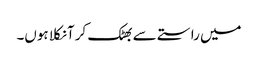
میں راستے سے بھٹک کر آ نکلا ہوں۔